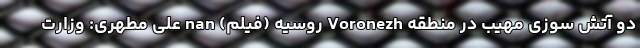
دو آتش سوزی مهیب در منطقه Voronezh روسیه (فیلم) nan علی مطهری: وزارت